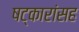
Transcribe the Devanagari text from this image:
षट्कारांसह